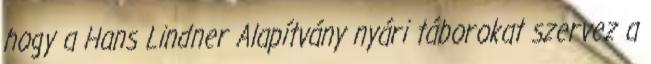
hogy a Hans Lindner Alapítvány nyári táborokat szervez a